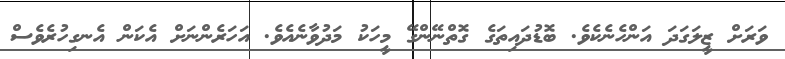
ވަރަށް ޒީލަގަދަ އަންހެނެކެވެ. ބޮޑުދައިތަގެ ގޮތްނޭންގޭ މީހަކު މަދުވާނެއެވެ. އަހަރެންނަށް އެކަން އެނގިހުރެވެސް